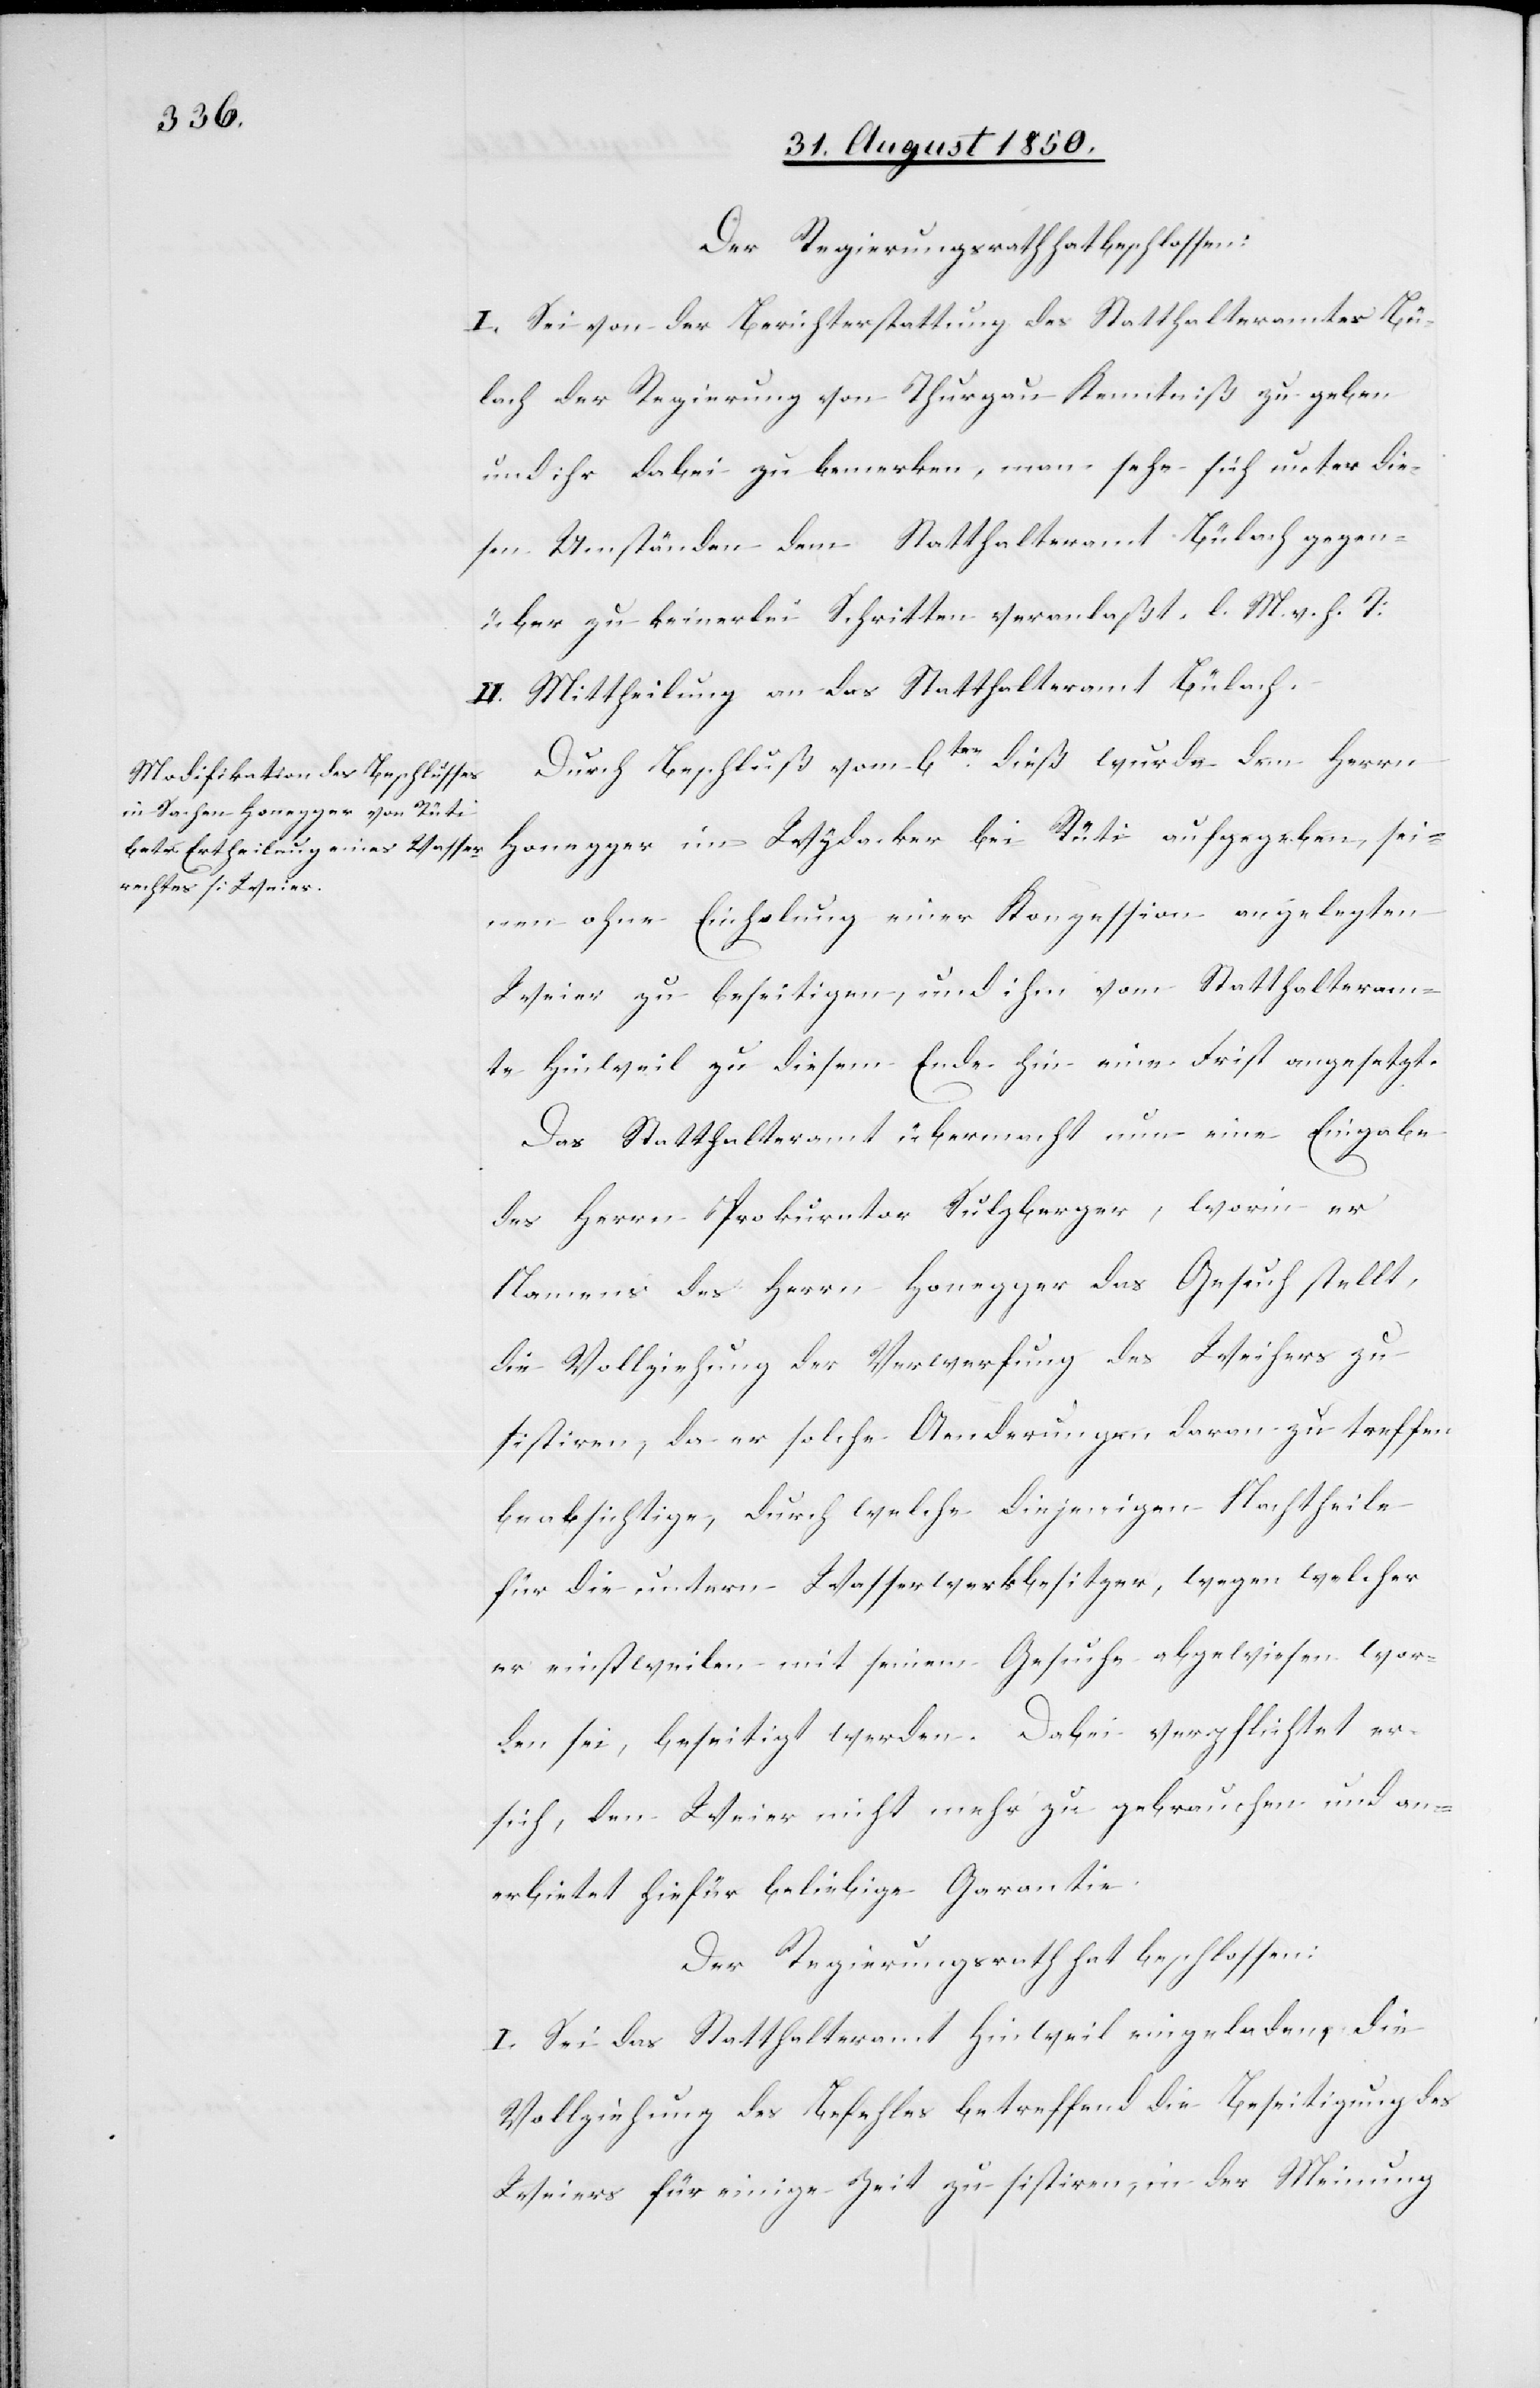
Der Regierungsrath hat beschlossen:
I. Sei von der Berichterstattung des Statthalteramtes Bü¬
lach der Regierung von Thurgau Kenntniß zu geben
und ihr dabei zu bemerken, man sehe sich unter die¬
sen Umständen dem Statthalteramt Bülach gegen¬
über zu keinerlei Schritten veranlaßt. l. M. v. h. T:
II. Mittheilung an das Statthalteramt Bülach.
Durch Beschluß vom 6ten dieß wurde dem Herrn
Honegger im Wydacker bei Rüti aufgegeben, sei¬
nen ohne Einholung einer Konzession angelegten
Weier zu beseitigen, und ihm vom Statthalteram¬
te Hinweil zu diesem Ende hin eine Frist angesetzt.
Das Statthalteramt übermacht nun eine Eingabe
des Herrn Prokurator Sulzberger, worin er
Namens des Herrn Honegger das Gesuch stellt,
die Vollziehung der Verwerfung des Weihers zu
sistiren, da er solche Aenderungen daran zu treffen
beabsichtige, durch welche diejenigen Nachtheile
für die untern Wasserwerkbesitzer, wegen welcher
er einstweilen mit seinem Gesuche abgewiesen wor¬
den sei, beseitigt werden. Dabei verpflichtet er
sich, den Weier nicht mehr zu gebrauchen und an¬
erbietet hiefür beliebige Garantie.
Der Regierungsrath hat beschlossen:
I. Sei das Statthalteramt Hinweil eingeladen, die
Vollziehung des Befehles betreffend die Beseitigung des
Weiers für einige Zeit zu sistiren, in der Meinung